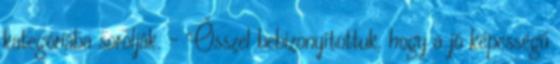
kategóriába sorolják. – Ősszel bebizonyítottuk, hogy a jó képességű